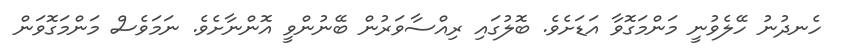
ހެނދުނު ހޭލެވުނީ މަންމަގޮވާ އަޑަށެވެ. ބޮލުގައި ރިއްސާވަރުން ބޭނުންވީ އޮންނާށެވެ. ނަމަވެސް މަންމަގޮވަން